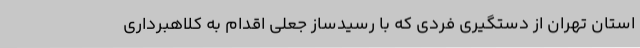
استان تهران از دستگیری فردی که با رسیدساز جعلی اقدام به کلاهبرداری